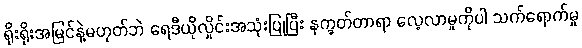
ရိုးရိုးအမြင်နဲ့မဟုတ်ဘဲ ရေဒီယိုလှိုင်းအသုံးပြုပြီး နက္ခတ်တာရာ လေ့လာမှုကိုပါ သက်ရောက်မှု